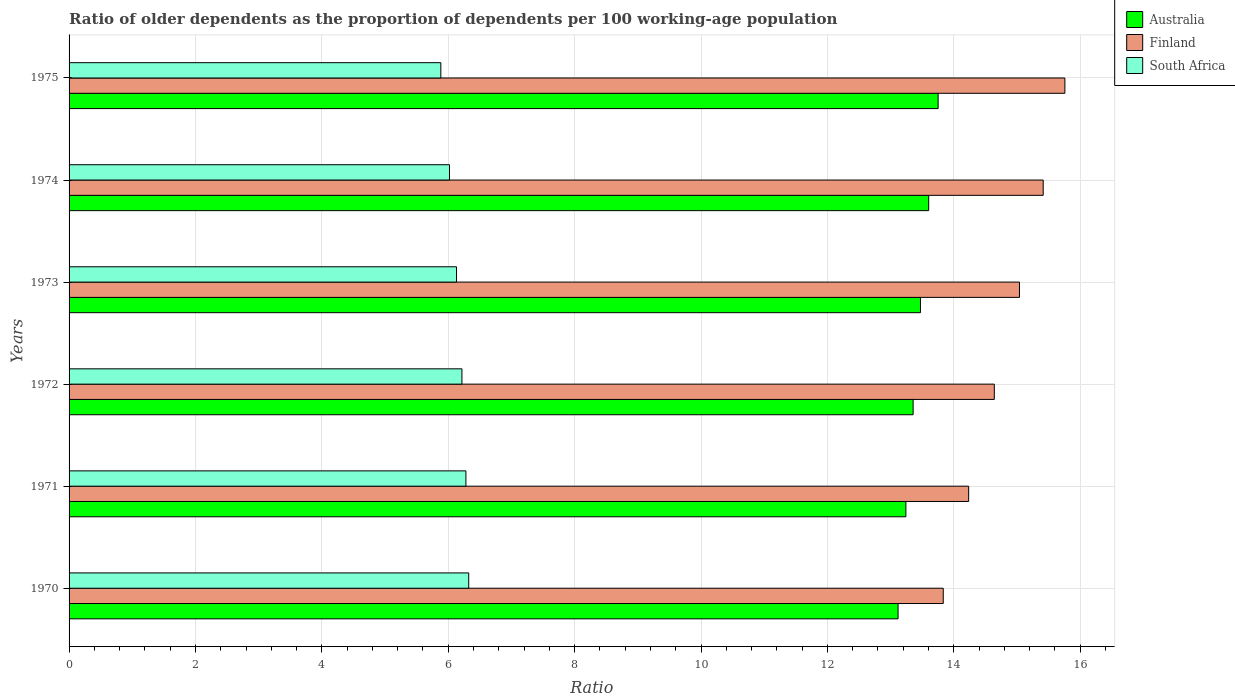
| Years | Australia | Finland | South Africa |
 | --- | --- | --- | --- |
 | 1970 | 13.1 | 13.8 | 6.32 |
 | 1971 | 13.2 | 14.2 | 6.28 |
 | 1972 | 13.4 | 14.6 | 6.22 |
 | 1973 | 13.5 | 15 | 6.13 |
 | 1974 | 13.6 | 15.4 | 6.02 |
 | 1975 | 13.8 | 15.8 | 5.88 |